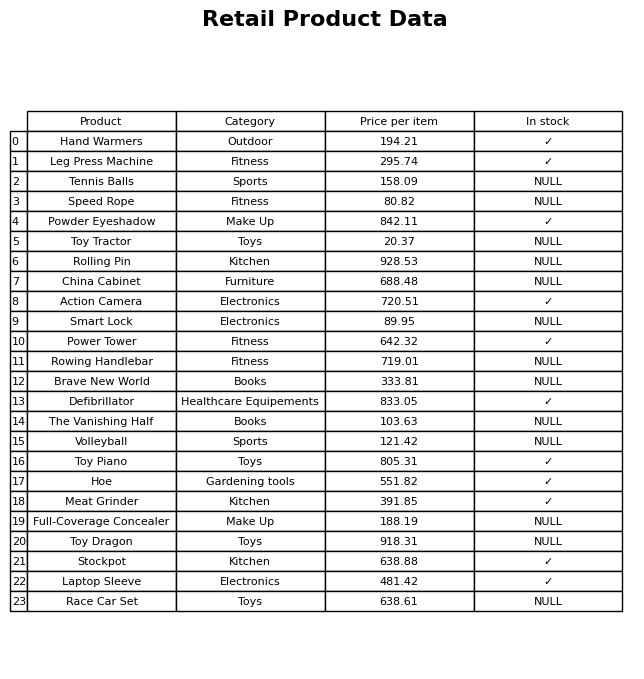
question: Which products are currently out of stock?
answer: Tennis Balls, Speed Rope, Toy Tractor, Rolling Pin, China Cabinet, Smart Lock, Rowing Handlebar, Brave New World, The Vanishing Half, Volleyball, Full-Coverage Concealer, Toy Dragon, Race Car Set